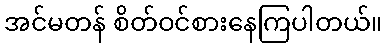
အင်မတန် စိတ်ဝင်စားနေကြပါတယ်။